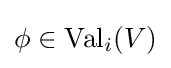
\phi \in \operatorname {Val} _{i}(V)